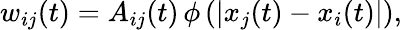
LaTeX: w_{ij}(t)=A_{ij}(t)\, \phi\left(|x_{j}(t)-x_{i}(t)|\right),